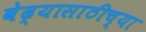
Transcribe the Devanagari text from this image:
वेढ्यासाठीच्या